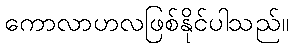
ကောလာဟလဖြစ်နိုင်ပါသည်။